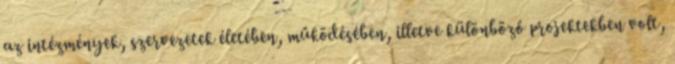
az intézmények, szervezetek életében, működésében, illetve különböző projektekben volt,